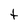
Character: t